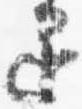
退